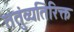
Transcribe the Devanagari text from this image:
तंतुंव्यतिरिक्त